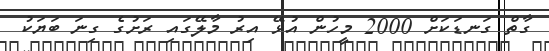
ގާތް ގަނޑަކަށް 2000 މީހުން އުޅޭ އިރު މާލޭގައި ރަށުގެ ގިނަ ބަޔަކު